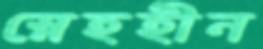
স্নেহহীন